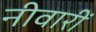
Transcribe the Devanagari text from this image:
नीवारीं